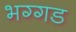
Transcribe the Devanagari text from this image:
भग्‍गड